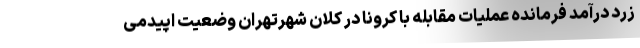
زرد درآمد فرمانده عملیات مقابله با کرونا در کلان شهرتهران وضعیت اپیدمی